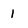
Character: 1